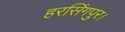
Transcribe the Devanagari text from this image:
हरसिंगपुर।